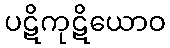
ပဋိကုဋိယောဝ